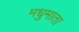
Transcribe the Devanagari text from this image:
मधुमाता